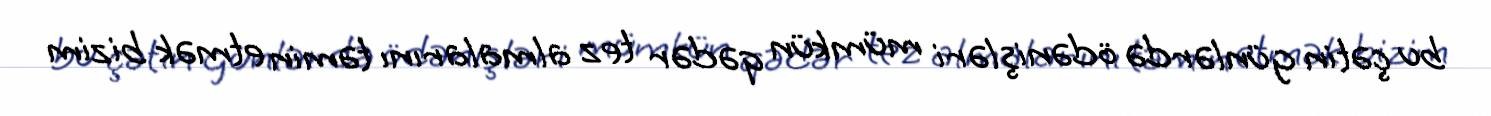
bu çətin günlərdə ödənişləri mümkün qədər tez almalarını təmin etmək bizim